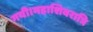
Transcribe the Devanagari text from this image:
गयी।महाशिवरात्रि